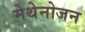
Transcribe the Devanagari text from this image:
मेथेनोजन